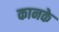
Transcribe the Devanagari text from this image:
कानके